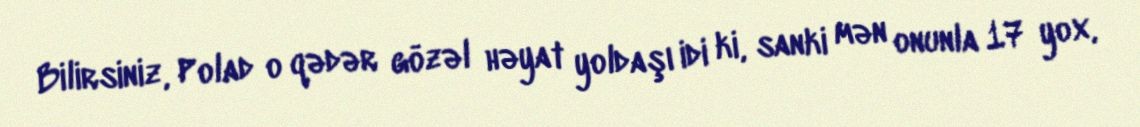
Bilirsiniz, Polad o qədər gözəl həyat yoldaşı idi ki, sanki mən onunla 17 yox,